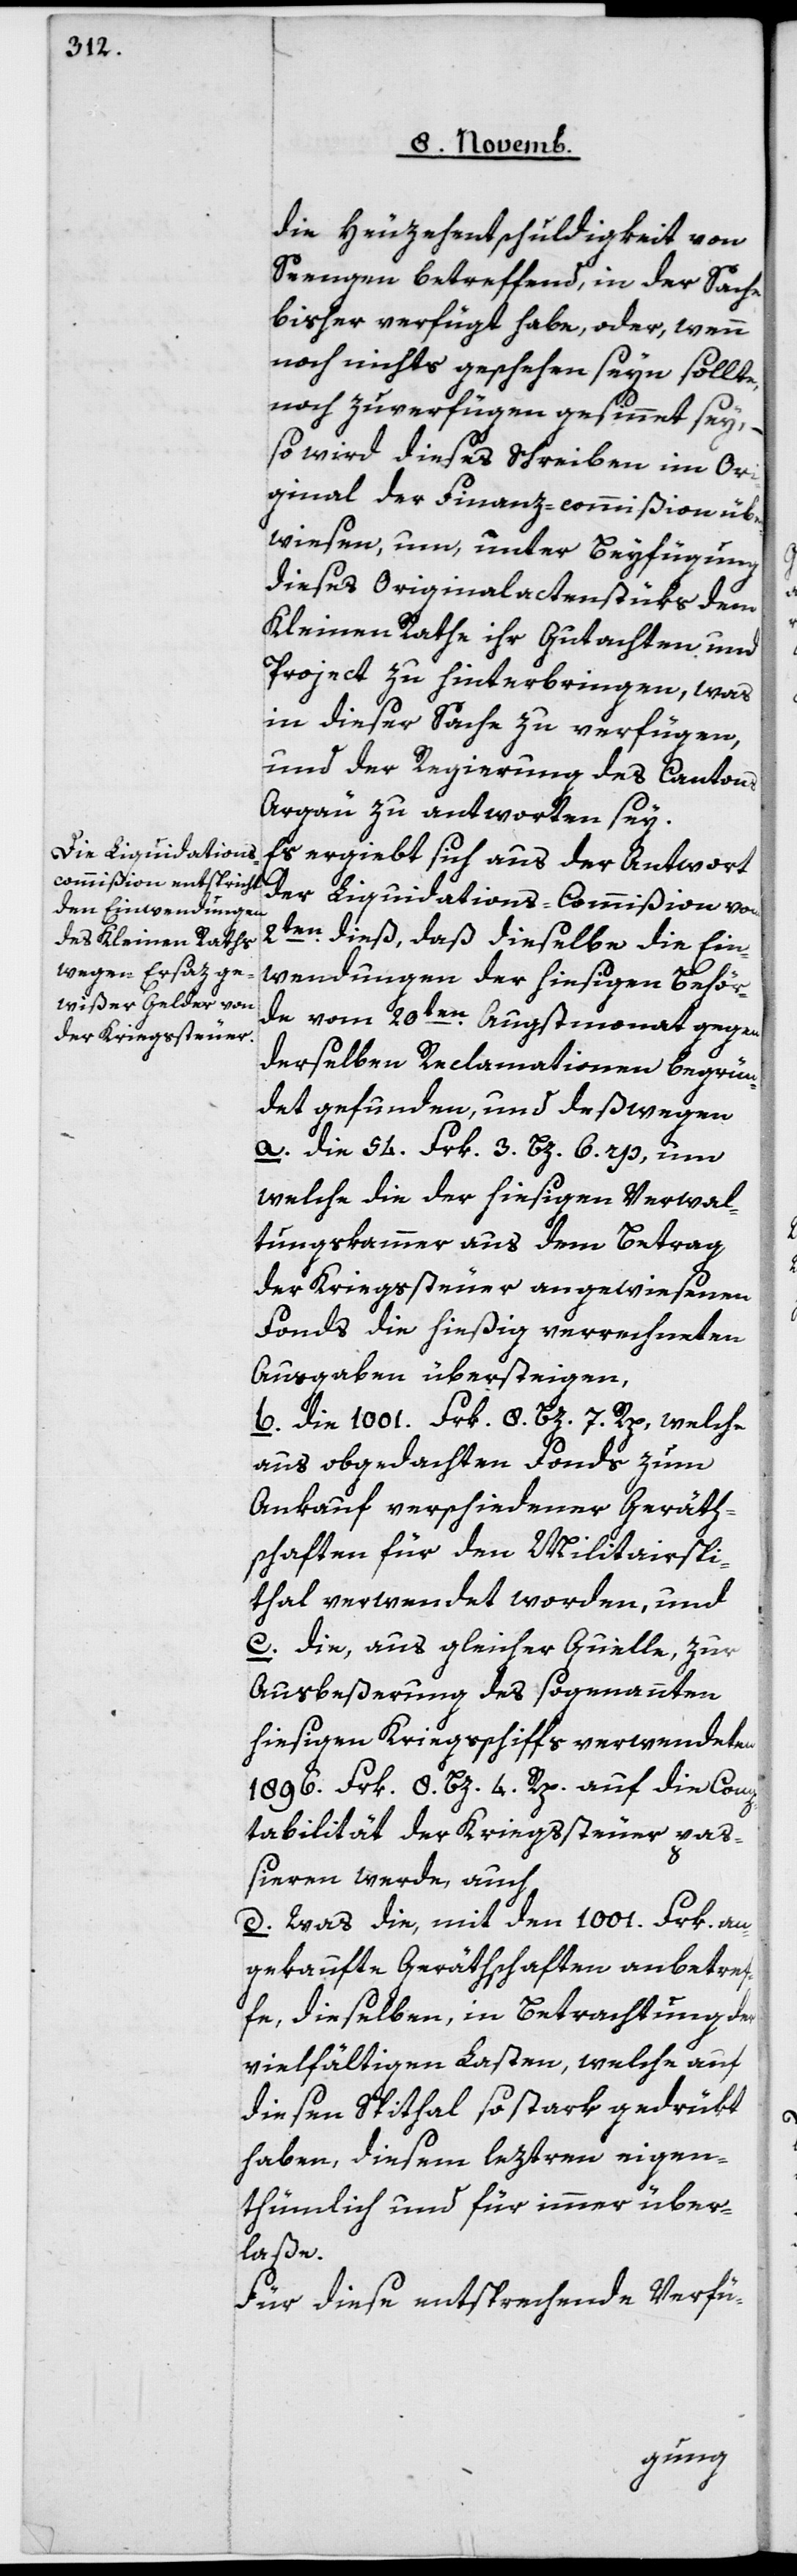
die Heuzehentschuldigkeit von
Seengen betreffend, in der Sache
bisher verfügt habe, oder, wenn
noch nichts geschehen seyn sollte,
noch zu verfügen gesinnet sey, –
so wird dieses Schreiben im Ori¬
ginal der Finanz-commißion über¬
wiesen, um unter Beyfügung
dieses Originalactenstüks dem
Kleinen Rathe ihr Gutachten und
Projekt zu hinterbringen, was
in dieser Sache zu verfügen,
und der Regierung des Cantons
Argau zu antworten sey.
ergiebt sich aus der Antwort
der Liquidations-Commißion vom
2ten dieß, daß dieselbe die Ein¬
wendungen der hiesigen Behör¬
de vom 20ten Augstmonat gegen
derselben Reclamationen begrün¬
det gefunden, und deßwegen
a. die 94 Frk. 3 Bz. 6 Rp., um
welche die der hiesigen Verwal¬
tungskammer aus dem Betrag
der Kriegssteuer angewiesenen
Fonds die hießig verrechneten
Ausgaben übersteigen,
b. die 1001 Frk. 8 Bz. 7 Rp., welche
aus obgedachten Fonds zum
Ankauf verschiedener Geräth¬
schaften für den Militairspi¬
thal verwendet worden, und
c. die, aus gleicher Quelle zur
Ausbeßerung des sogenannten
hiesigen Kriegsschiffs verwendeten
1896 Frk. 8 Bz. 4 Rp. auf die Comp¬
tabilität der Kriegssteuer pa¬
ßieren werde, auch
d. Was die, mit den 1001 Frk. an¬
gekaufte Geräthschaften anbetre¬
ffe, dieselben in Betrachtung der
vielfältigen Lasten, welche auf
diesen Spithal so stark gedrükt
haben, diesem leztern eigen¬
thümlich und für immer über¬
laße.
Für diese entsprechende Verfü-